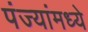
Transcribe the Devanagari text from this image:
पंज्यांमध्ये